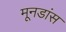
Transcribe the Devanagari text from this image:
मूनडांस